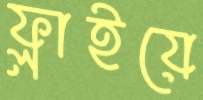
ফ্লাইয়ে